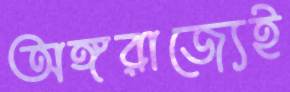
অঙ্গরাজ্যেই